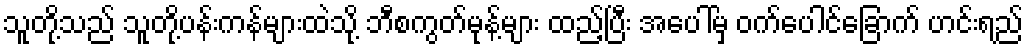
သူတို့သည် သူတို့ပန်းကန်များထဲသို့ ဘီစကွတ်မုန့်များ ထည့်ပြီး အပေါ်မှ ဝက်ပေါင်ခြောက် ဟင်းရည်